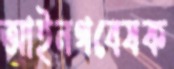
আইনগবেষক